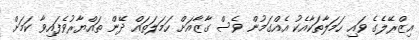
އިޒްރޭލެގެ ވައި ހަމަލާތަކާއެކު އެއްގަމުން ވެސް ގާޒާއަށް ހަމަލަތައް ދޭން ތައްޔާރުވެފައިވާ ކަމަށް